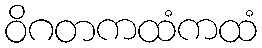
ဝိဂတကထံကထံ